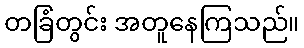
တခြံတွင်း အတူနေကြသည်။